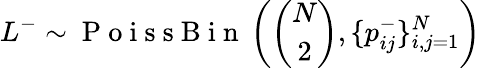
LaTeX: L^{-}\sim\mathrm{~P~o~i~s~s~B~i~n~}\left(\binom{N}{2},\{ p_{ij}^{-}\} _{i,j=1}^{N}\right)